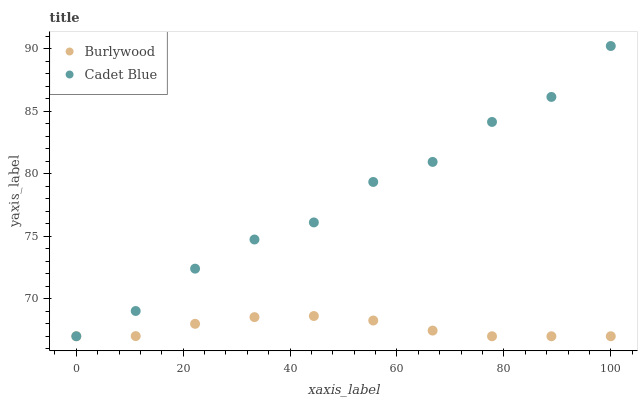
| xaxis_label | Burlywood | Cadet Blue |
 | --- | --- | --- |
 | 0 | 67 | 67 |
 | 11.1 | 67 | 69 |
 | 22.2 | 68 | 72.4 |
 | 33.3 | 68.5 | 74.7 |
 | 44.4 | 68.6 | 76.1 |
 | 55.6 | 68.3 | 79.3 |
 | 66.7 | 67.5 | 81 |
 | 77.8 | 67 | 84.1 |
 | 88.9 | 67 | 86.1 |
 | 100 | 67 | 90.2 |